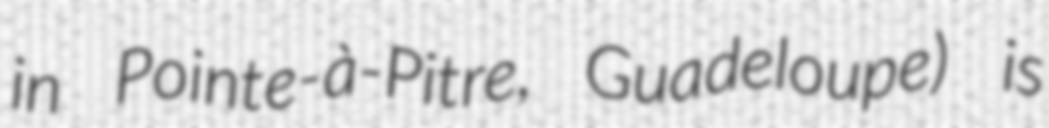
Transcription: in Pointe-à-Pitre, Guadeloupe) is